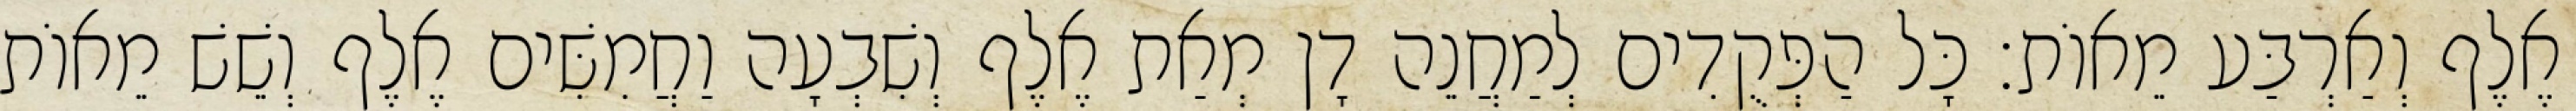
אֶלֶף וְאַרְבַּע מֵאוֹת׃ כָּל הַפְּקֻדִים לְמַחֲנֵה דָן מְאַת אֶלֶף וְשִׁבְעָה וַחֲמִשִּׁים אֶלֶף וְשֵׁשׁ מֵאוֹת